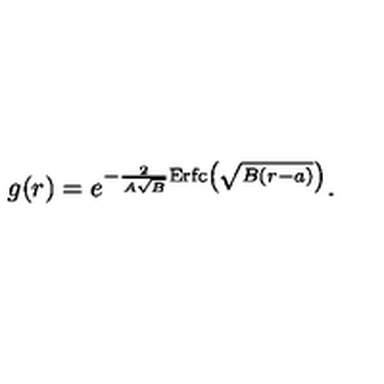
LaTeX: g ( r ) = e ^ { - { \frac { 2 } { A \sqrt B } } \mathrm { E r f c } \left( \sqrt { B ( r - a ) } \right) } .